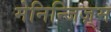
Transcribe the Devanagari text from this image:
मेनिन्जिज़्म